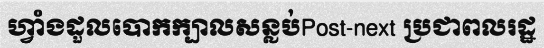
ហ្វាំងដួលបោកក្បាលសន្លប់Post-next ប្រជាពលរដ្ឋ